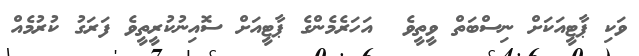
ވަކި ޕާޓީއަކަށް ނިސްބަތް ވީތީވެ  އަހަރެމެންގެ ޕާޓީއަށް ސޮއިނުކުރީތީވެ ފަރަގު ކުރުމެއް